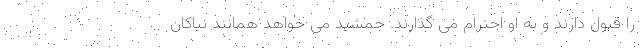
را قبول دارند و به او احترام می گذارند. جمشید می خواهد همانند نیاکان